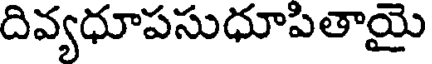
దివ్యధూపసుధూపితాయై